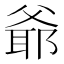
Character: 爺